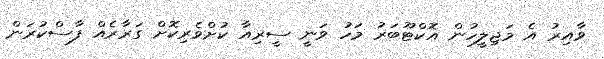
ވާއިރު އެ މަޖިލީހުން އޮކްޓޫބަރު މަހު ވަނީ ސީރިއާ ކުށްވެރިކޮށް ގަރާރެއް ފާސްކުރަން